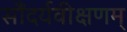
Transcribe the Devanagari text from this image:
सौंदर्यवीक्षणम्